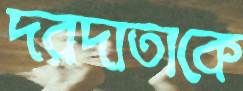
দরদাতাকে